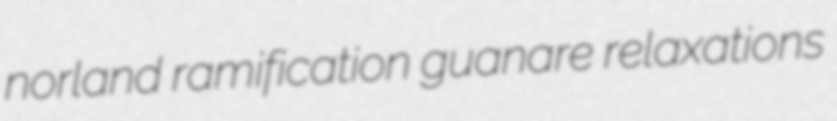
norland ramification guanare relaxations